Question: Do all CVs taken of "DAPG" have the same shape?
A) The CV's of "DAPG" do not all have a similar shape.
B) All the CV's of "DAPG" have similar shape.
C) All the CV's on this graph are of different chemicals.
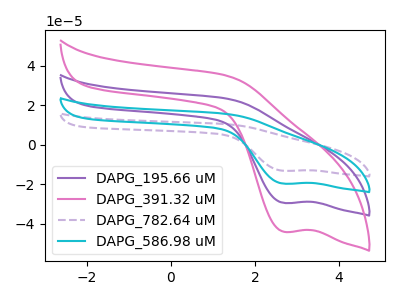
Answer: <think>The purple curve "DAPG_195.66 uM" has a cathodic peak at: (2.70V, -29.40uA). The pink curve "DAPG_391.32 uM" has a cathodic peak at: (2.70V, -44.00uA). The purple dashed curve "DAPG_782.64 uM" has a cathodic peak at: (2.70V, -88.25uA). The cyan curve "DAPG_586.98 uM" has a cathodic peak at: (2.70V, -58.85uA).
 All the peaks in "DAPG_195.66 uM" have a peak in "DAPG_391.32 uM" at the same potential. Every peak in "DAPG_195.66 uM" is lower than every peak in "DAPG_391.32 uM". All the peaks in "DAPG_195.66 uM" have a peak in "DAPG_782.64 uM" at the same potential. Every peak in "DAPG_195.66 uM" is lower than every peak in "DAPG_782.64 uM". All the peaks in "DAPG_195.66 uM" have a peak in "DAPG_586.98 uM" at the same potential. Every peak in "DAPG_195.66 uM" is lower than every peak in "DAPG_586.98 uM". All the peaks in "DAPG_391.32 uM" have a peak in "DAPG_782.64 uM" at the same potential. Every peak in "DAPG_391.32 uM" is lower than every peak in "DAPG_782.64 uM". All the peaks in "DAPG_391.32 uM" have a peak in "DAPG_586.98 uM" at the same potential. Every peak in "DAPG_391.32 uM" is lower than every peak in "DAPG_586.98 uM". All the peaks in "DAPG_782.64 uM" have a peak in "DAPG_586.98 uM" at the same potential. Every peak in "DAPG_782.64 uM" is higher than every peak in "DAPG_586.98 uM".</think>
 <answer>B) All the CV's of "DAPG" have similar shape.</answer>
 <eval>B</eval>